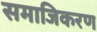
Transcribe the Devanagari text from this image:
समाजिकरण